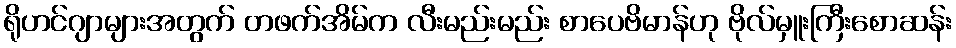
ရိုဟင်ဂျာများအတွက် တဖက်အိမ်က လီးမည်းမည်း စာပေဗိမာန်ဟု ဗိုလ်မှူးကြီးစောဆန်း